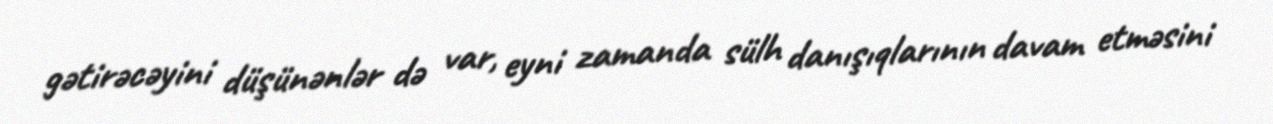
gətirəcəyini düşünənlər də var, eyni zamanda sülh danışıqlarının davam etməsini